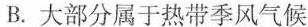
B.大部分属于热带季风气候